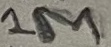
Text: 1M